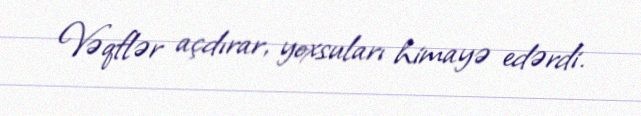
Vəqflər açdırar, yoxsuları himayə edərdi.